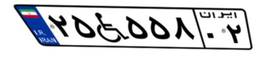
۵۳W۳۵۸۸۳